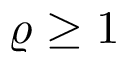
\varrho \ge 1